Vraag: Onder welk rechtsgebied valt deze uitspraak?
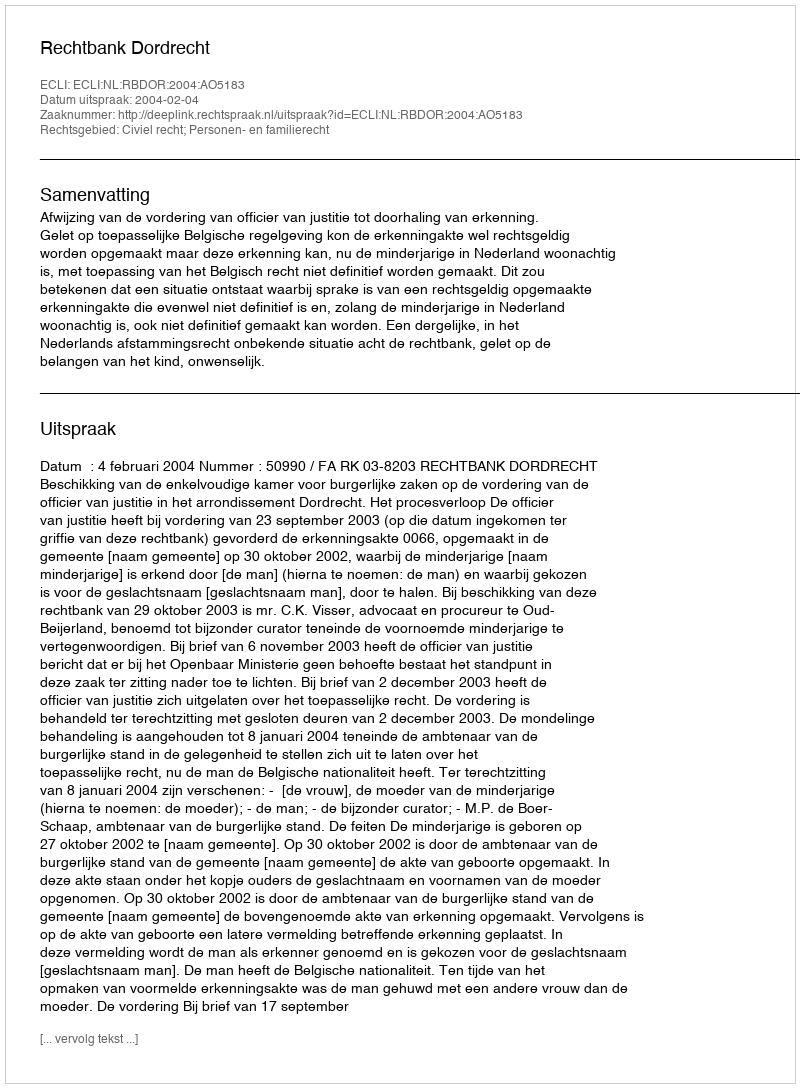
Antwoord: Civiel recht; Personen- en familierecht